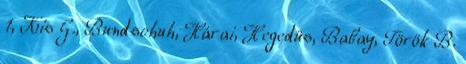
1, Kis G., Bundschuh, Hárai, Hegedüs, Babay, Török B.